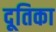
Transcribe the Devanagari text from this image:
दूतिका